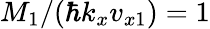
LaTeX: M_{1}/(\hbar k_{x}v_{x1})=1